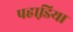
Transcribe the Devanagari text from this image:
पहाडि़या